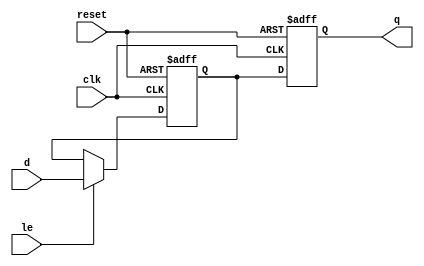
module seq_logic_block(
    input clk,
    input reset,
    input d,
    input le,
    output reg q
);

reg latch_out;

always @(posedge clk or posedge reset) begin
    if (reset) begin
        latch_out <= 1'b0;
    end else if (le) begin
        latch_out <= d;
    end
end

always @(posedge clk or posedge reset) begin
    if (reset) begin
        q <= 1'b0;
    end else begin
        q <= latch_out;
    end
end

endmodule